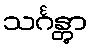
သင်္ဂန္တွာ